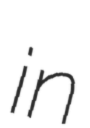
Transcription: in